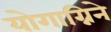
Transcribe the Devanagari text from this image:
योगाग्निने